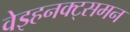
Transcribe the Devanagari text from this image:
वेइहनक्ट्समन